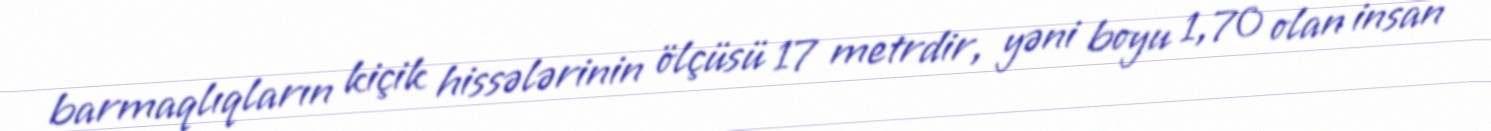
barmaqlıqların kiçik hissələrinin ölçüsü 17 metrdir, yəni boyu 1,70 olan insan